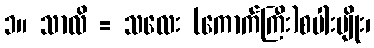
၁။ သာလိ = သလေး (ကောက်ကြီး)စပါးမျိုး၊